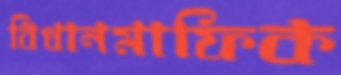
বিধানমাফিক